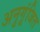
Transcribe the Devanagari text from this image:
अनुगूंजित